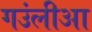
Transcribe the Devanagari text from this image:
गउंलीआ